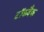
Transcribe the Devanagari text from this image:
टॉकबैक